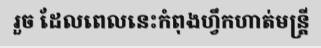
រួច ដែលពេលនេះកំពុងហ្វឹកហាត់មន្ត្រី